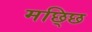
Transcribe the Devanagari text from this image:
मछ्छि